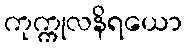
ကုက္ကုလနိရယော